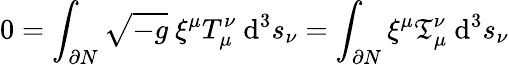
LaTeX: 0=\int_{\partial N}{\sqrt{-g}}\ \xi^{\mu}T_{\mu}^{\nu}\ \mathrm{d}^{3}s_{\nu}=\int_{\partial N}\xi^{\mu}{\mathfrak{T}}_{\mu}^{\nu}\ \mathrm{d}^{3}s_{\nu}